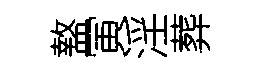
盩寅淫葬